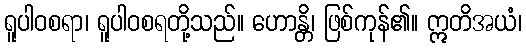
ရူပါဝစရာ၊ ရူပါဝစရတို့သည်။ ဟောန္တိ၊ ဖြစ်ကုန်၏။ ဣတိအယံ၊